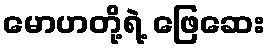
မောဟတို့ရဲ့ ဖြေဆေး